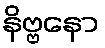
နိဗ္ဗနော